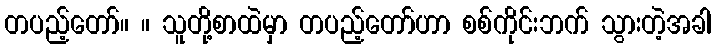
တပည့်တော်။ ။ သူတို့စာထဲမှာ တပည့်တော်ဟာ စစ်ကိုင်းဘက် သွားတဲ့အခါ